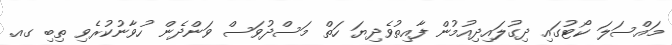
މައްސަލަ ކޯޓުގައި ދިގުލައިދިއުމުން ފާއިތުވެދިޔަ ހަތް މަސްދުވަސް ވަންދެން ހުވާނުކުރެވި ތިބި ގއ.